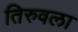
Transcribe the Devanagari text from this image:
तिरुवला